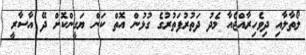
ލޯތާލާއި ދިވެހިރާއްޖެއާ މެދު ދަތުރުފަތުރުގެ ގުޅުން އޮތް ކަން ޔަގީންކޮށް ދޭ އާސާރީ